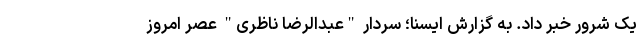
یک شرور خبر داد. به گزارش ایسنا؛ سردار "عبدالرضا ناظری" عصر امروز